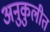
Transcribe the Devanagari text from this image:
अनुकुलीत